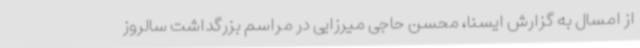
از امسال به گزارش ایسنا، محسن حاجی میرزایی در مراسم بزرگداشت سالروز